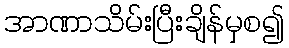
အာဏာသိမ်းပြီးချိန်မှစ၍